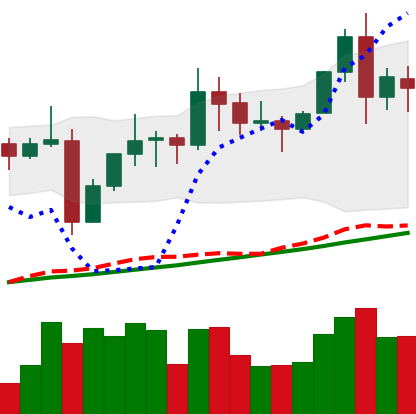
Ticker: TRX-USD
Chart end date: 2021-11-12
Forward return: 3.104%
Label: up_3_5